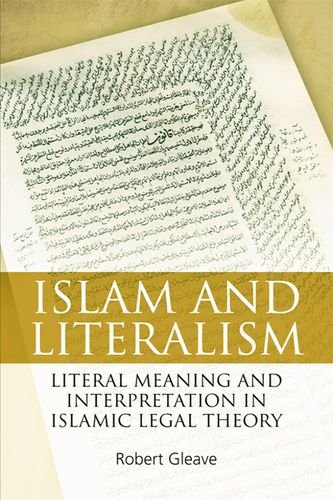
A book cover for Islam and Literalism: Literal Meaning and Interpretation in Islamic Legal Theory; Robert Gleave; Religion & Spirituality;